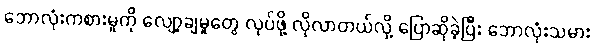
ဘောလုံးကစားမှုကို လျော့ချမှုတွေ လုပ်ဖို့ လိုလာတယ်လို့ ပြောဆိုခဲ့ပြီး ဘောလုံးသမား